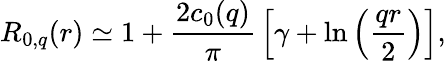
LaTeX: R_{0,q}(r)\simeq 1+{\frac{2c_{0}(q)}{\pi}}\left[\gamma+\ln\left({\frac{qr}{2}}\right)\right],